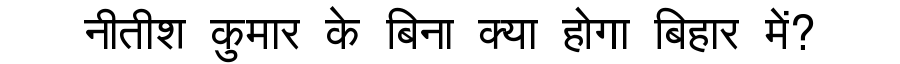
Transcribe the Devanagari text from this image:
नीतीश कुमार के बिना क्या होगा बिहार में?